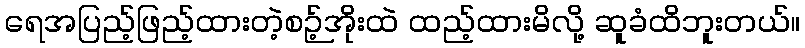
ရေအပြည့်ဖြည့်ထားတဲ့စဉ့်အိုးထဲ ထည့်ထားမိလို့ ဆူခံထိဘူးတယ်။